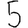
Digit: 5